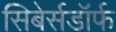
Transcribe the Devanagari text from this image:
सिबेर्सडॉर्फ